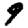
Digit: 9